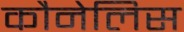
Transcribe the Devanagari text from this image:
कौनेलिस